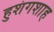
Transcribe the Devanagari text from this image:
हुशंगशाह